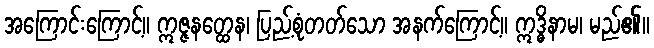
အကြောင်းကြောင့်။ ဣဇ္ဇနတ္ထေန၊ ပြည့်စုံတတ်သော အနက်ကြောင့်။ ဣဒ္ဓိနာမ၊ မည်၏။